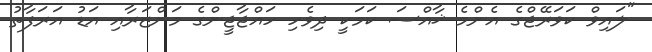
"ލައިވް ކަވަރޭޖްގެ އެންމެ ޚާއްސަ ކަމަކީ ދިވެހި ހައްޖާޖީންގެ މަންޒަރާއި އަޑު އަރަފާތު